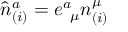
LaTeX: { \hat { n } } _ { ( i ) } ^ { a } = e _ { \; \; \mu } ^ { a } n _ { ( i ) } ^ { \mu }